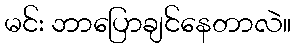
မင်း ဘာပြောချင်နေတာလဲ။